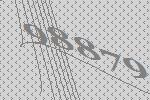
98879